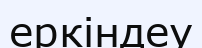
еркіндеу